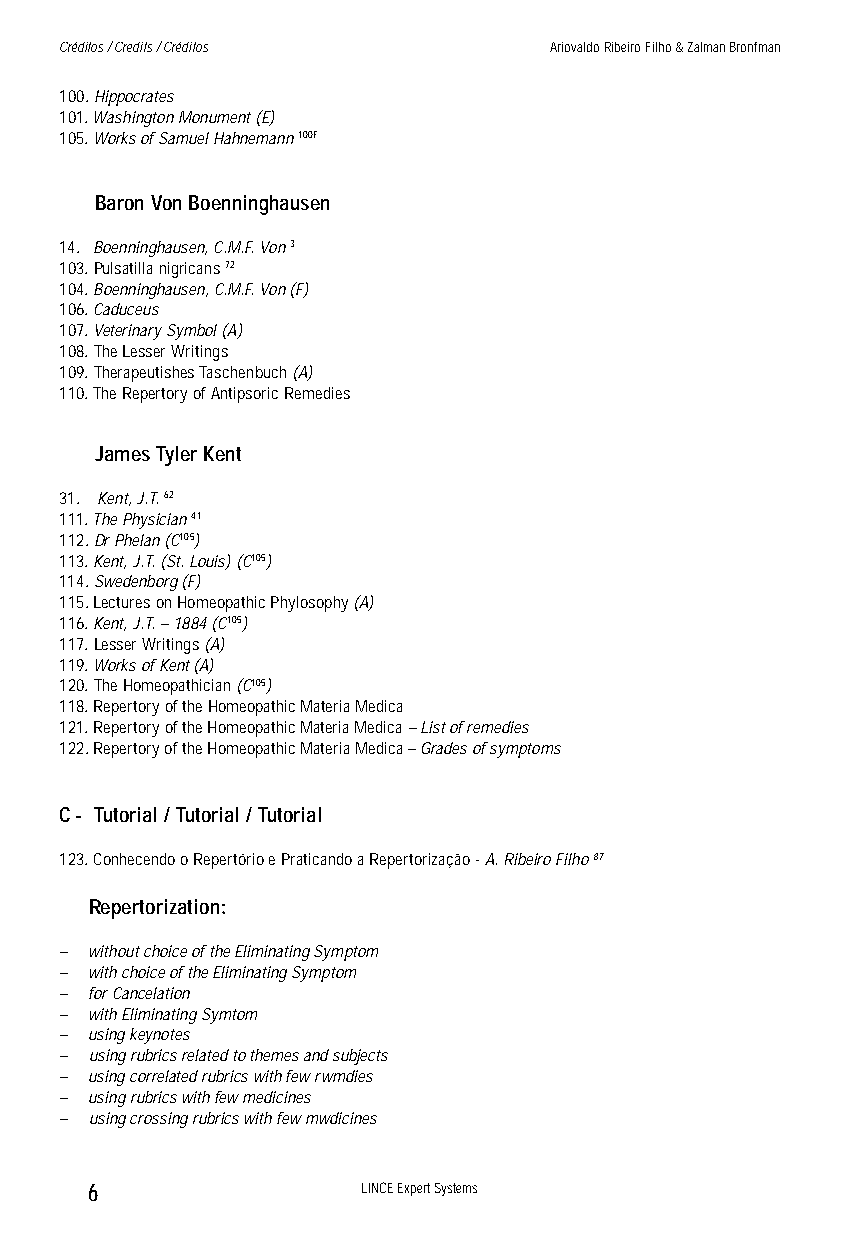
Créditos / Credits / Créditos   Ariovaldo Ribeiro Filho & Zalman Bronfman
 100. Hippocrates
 101. Washington Monument (E)
 105. Works of Samuel Hahnemann 100F
 Baron Von Boenninghausen
 14. Boenninghausen, C.M.F. Von 3
 103. Pulsatilla nigricans 72
 104. Boenninghausen, C.M.F. Von (F)
 106. Caduceus
 107. Veterinary Symbol (A)
 108. The Lesser Writings
 109. Therapeutishes Taschenbuch (A)
 110. The Repertory of Antipsoric Remedies
 James Tyler Kent
 31. Kent, J.T. 62
 111. The Physician 41
 112. Dr Phelan (C105)
 113. Kent, J.T. (St. Louis) (C105)
 114. Swedenborg (F)
 115. Lectures on Homeopathic Phylosophy (A)
 116. Kent, J.T. – 1884 (C105)
 117. Lesser Writings (A)
 119. Works of Kent (A)
 120. The Homeopathician (C105)
 118. Repertory of the Homeopathic Materia Medica
 121. Repertory of the Homeopathic Materia Medica – List of remedies
 122. Repertory of the Homeopathic Materia Medica – Grades of symptoms
 C - Tutorial / Tutorial / Tutorial
 123. Conhecendo o Repertório e Praticando a Repertorização - A. Ribeiro Filho 87
 Repertorization:
 – without choice of the Eliminating Symptom
 – with choice of the Eliminating Symptom
 – for Cancelation
 – with Eliminating Symtom
 – using keynotes
 – using rubrics related to themes and subjects
 – using correlated rubrics with few rwmdies
 – using rubrics with few medicines
 – using crossing rubrics with few mwdicines
 6                 LINCE Expert Systems